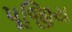
પૂજિીય